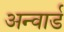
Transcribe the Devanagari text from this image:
अन्वार्ड